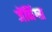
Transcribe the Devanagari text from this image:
जेंनिंग्स